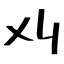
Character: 刈